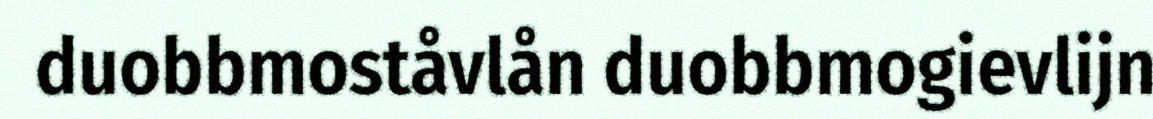
duobbmoståvlån duobbmogievlijn